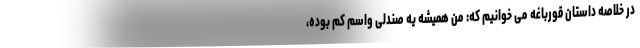
در خلاصه داستان قورباغه می خوانیم که: من همیشه یه صندلی واسم کم بوده،